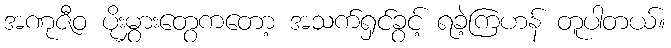
အဏုဇီဝ ပိုးမွှားတွေကတော့ အသက်ရှင်ခွင့် ရခဲ့ကြဟန် တူပါတယ်။